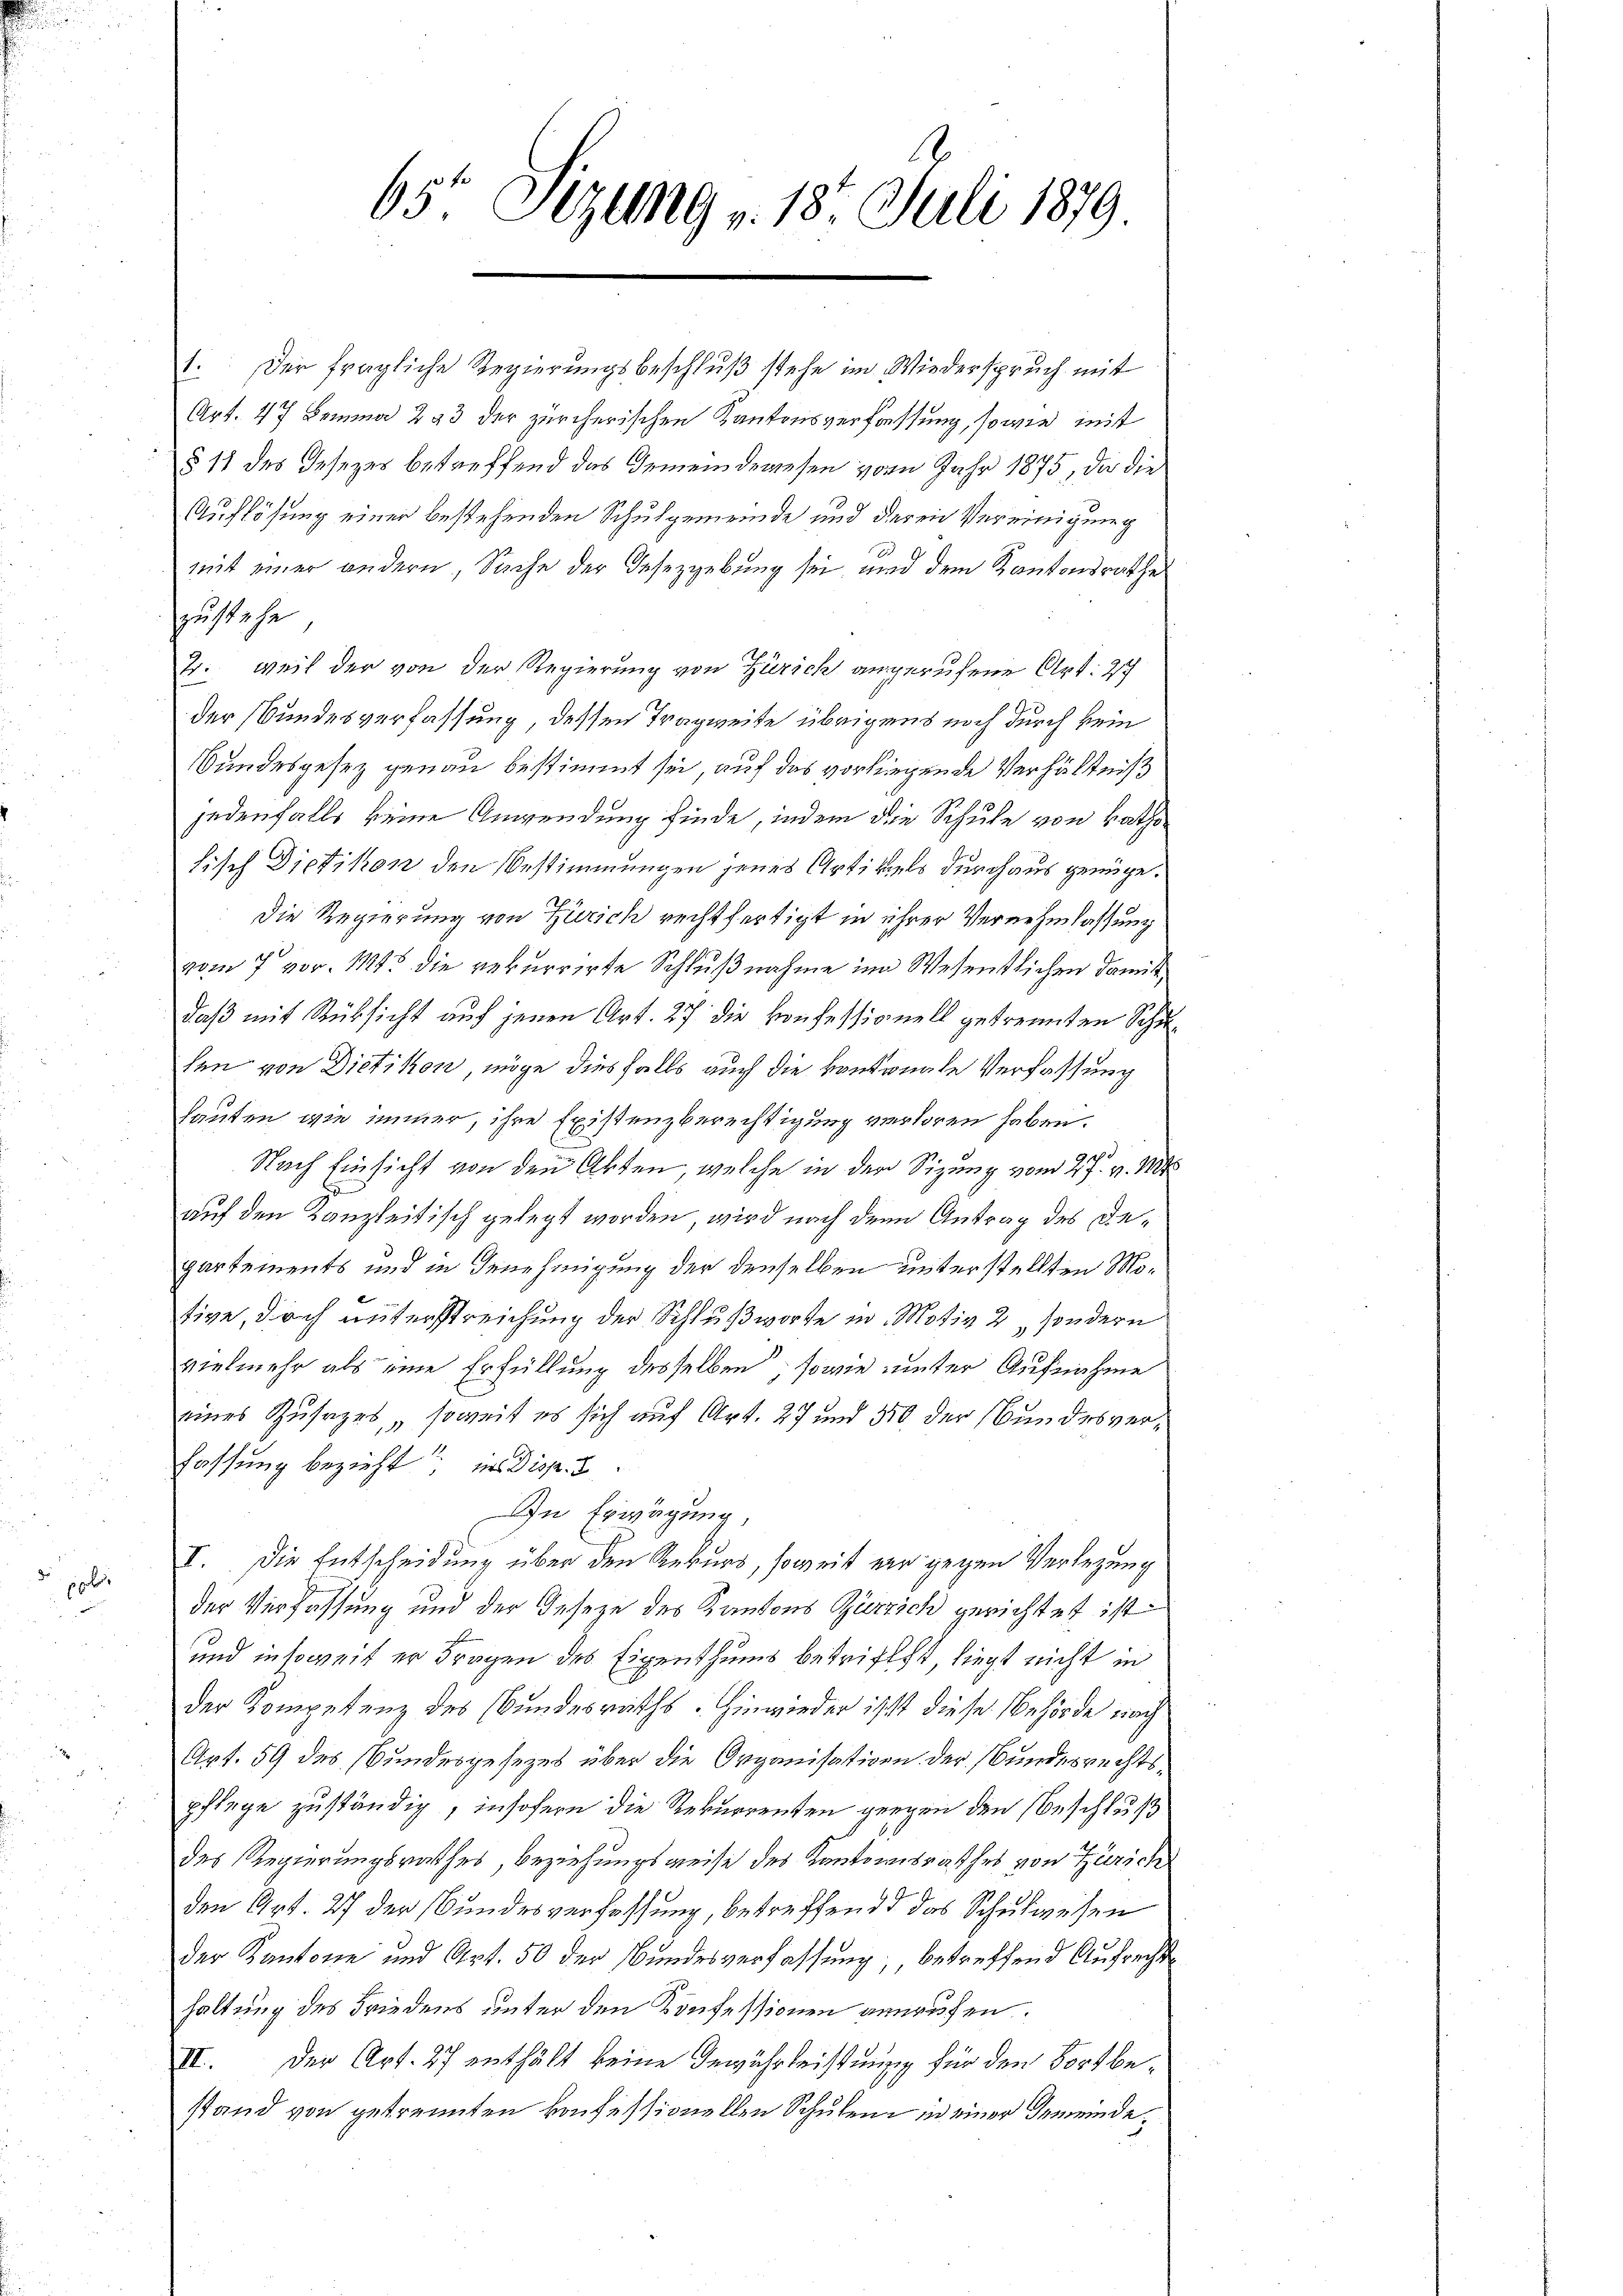
p0

65 Stze 9 v. 18t Juli 1879

1. Der fragliche Regierungsbeschluß stehe im Wiederspruch mit
Art. 47 Bemma 293 der zürcherischen Kantonsverfassung, sowie mit
§ 11 des Gesezes betreffend das Gemeindewesen vom Jahr 1875, da die
Auflösung einer bestehenden Schulgemeinde und deren Vereinigung
mit einer andern, Sache der Gesezgebung sei, und dem Kantonsrathe
zustehe
Tr. weil der von der Regierung von Zürich angerufene Art: Ich
der Bundesverfassung, dessen Tragweite übrigens noch durch kein
Bundesgesez genau bestimmt sei, auf das vorliegende Verhältniß
jedenfalls keine Anwendung finde, indem die Schule von katho
hisch Dietikon den Bestimmungen jenes Artikals durchaus genüge.
Die Regierung von Zürich rechtfertigt in ihrer Vernehmlassung
vom 7 vor. 113 die rekurrirte Schlußnahme im Wesentlichen damit
daß mit Rücksicht auf jenen Art. 27 die Konfessionell getrennten Schusen von Dietikon, möge diesfalls auch die kantonale Verfassung
hauten, wie immer, ihre Existenzberechtigung verloren haben.
Nach Einsicht von den Akten, welche in der Sizung vom 27. v. Mts.
auf den Kanzleitisch gelegt worden, wird nach dem Antrag des Departements und in Genehmigung der denselben unterstellten Motive, doch unterstreichung der Schlußworte in Motiv 2 sondern
vielmehr als eine Erfüllung desselben; sowie unter Aufnahme
eines Zusages, soweit es sich auf Art. 27 und 580 der Bundesverfassung bezieht in Disp. 2.
In Erwägung,
I. Die Entscheidung über den Rekurs, soweit ein gegen Verlegung
der Verfassung und der Geseze des Kantons Zürich gerichtet ist.
und insoweit er Fragen des Eigenthums betrifft, liegt nicht in
der Kompetenz des Bundesraths. Hinwieder ist diese Behörde nach
Art. 59 des Bundesgesezes über die Organisation der Bundesrechtspflege zuständig, insofern die Rekurrenten gegen den Beschluß
des Regierungsrathes Beziehungsweise des Kantonsrathes von Zürich
den Art. 27 der Bundesverfassung, betreffend das Schulwesen
der Kantone und Art. 50 der Bundesverfassung, betreffend Aufrecht
haltung des Friedens unter den Konfessionen annaufen.
III. Der Art. 27 enthält keine Gewährleistung für den Fortbestand von getrennten konfessionellen Schulen in einer Gemeinde¬